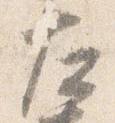
左